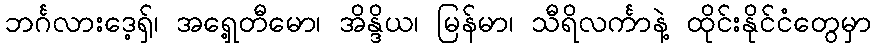
ဘင်္ဂလားဒေ့ရှ်၊ အရှေ့တီမော၊ အိန္ဒိယ၊ မြန်မာ၊ သီရိလင်္ကာနဲ့ ထိုင်းနိုင်ငံတွေမှာ